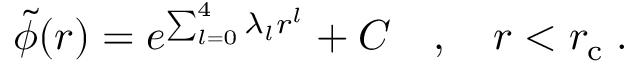
\tilde { \phi } ( r ) = e ^ { \sum _ { l = 0 } ^ { 4 } \lambda _ { l } r ^ { l } } + C \quad , \quad r < r _ { \mathrm { c } } \; .